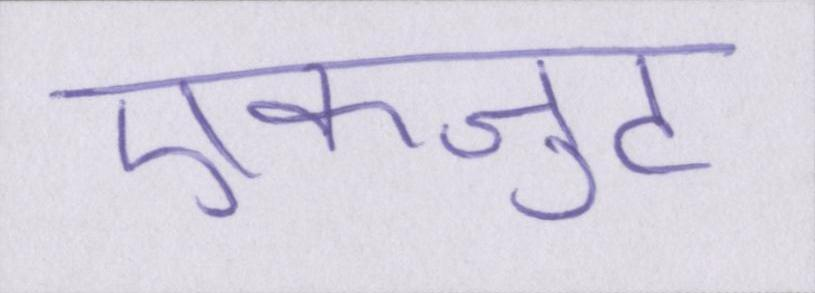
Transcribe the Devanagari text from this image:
एकजुट